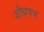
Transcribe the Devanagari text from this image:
शौधपत्र